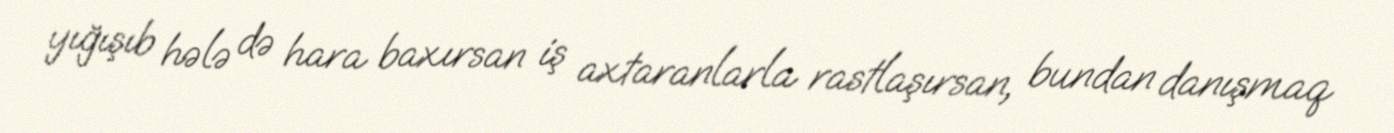
yığışıb hələ də hara baxırsan iş axtaranlarla rastlaşırsan, bundan danışmaq